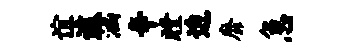
谊遽涵辛瞠迫靡急